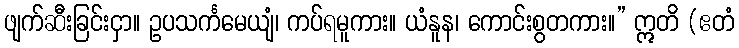
ဖျက်ဆီးခြင်းငှာ။ ဥပသင်္ကမေယျံ၊ ကပ်ရမူကား။ ယံနူန၊ ကောင်းစွတကား။” ဣတိ (ဧတံ